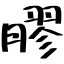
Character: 膠